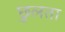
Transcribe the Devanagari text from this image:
छुलता